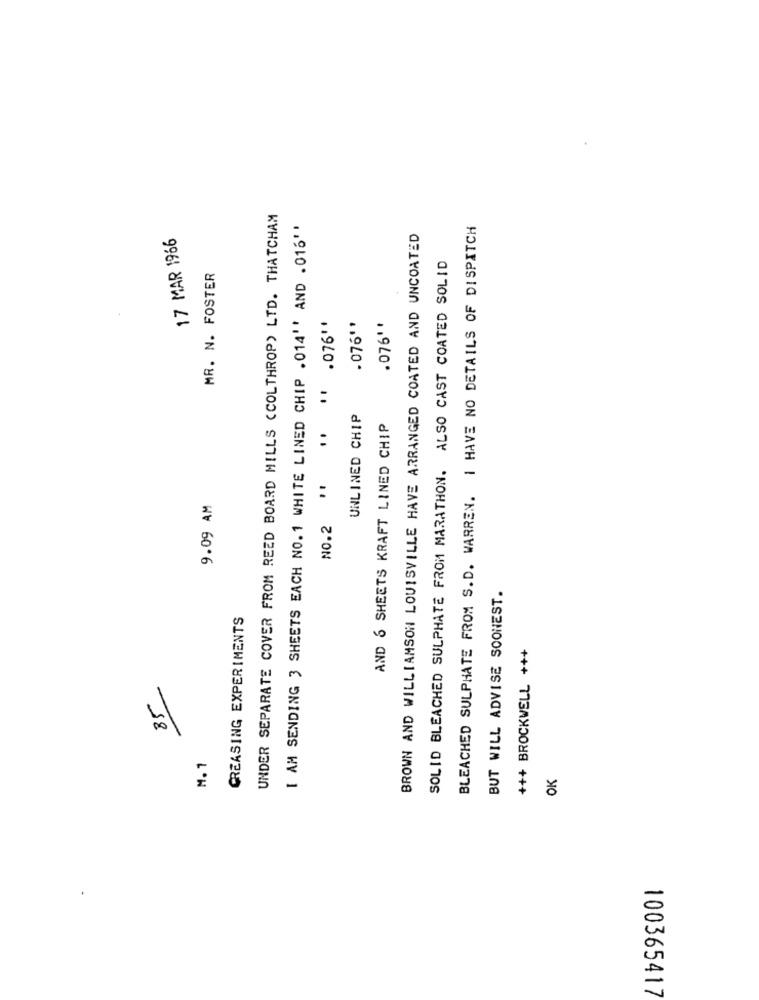
UNDER SEPARATE COVER FROM REED BOARD MILLS (COLTHROP) LTD. THATCHAM
I AM SENDING 3 SHEETS EACH NO. 1 WHITE LINED CHIP . 014'' AND . 016''
BLEACHED SULPHATE FROM S.D. WARREN. I HAVE NO DETAILS OF DISPITCH
17 MAR 1966
BROWN AND WILLIAMSON LOUISVILLE HAVE ARRANGED COATED AND UNCOATED
SOLID BLEACHED SULPHATE FROM MARATHON. ALSO CAST COATED SOLID
MR. N. FOSTER
.076* *
. 076''
.076'*
UNLINED CHIP
AND 6 SHEETS KRAFT LINED CHIP
NO.2 ''
9.09 AM
BUT WILL ADVISE SOONEST.
CREASING EXPERIMENTS
+++ BROCKWELL +++
85
M. 1
OK
100365417